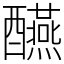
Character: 醼